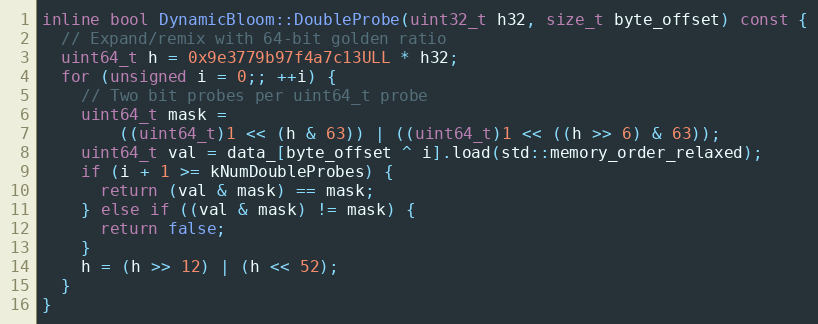
Language: C
inline bool DynamicBloom::DoubleProbe(uint32_t h32, size_t byte_offset) const {
  // Expand/remix with 64-bit golden ratio
  uint64_t h = 0x9e3779b97f4a7c13ULL * h32;
  for (unsigned i = 0;; ++i) {
    // Two bit probes per uint64_t probe
    uint64_t mask =
        ((uint64_t)1 << (h & 63)) | ((uint64_t)1 << ((h >> 6) & 63));
    uint64_t val = data_[byte_offset ^ i].load(std::memory_order_relaxed);
    if (i + 1 >= kNumDoubleProbes) {
      return (val & mask) == mask;
    } else if ((val & mask) != mask) {
      return false;
    }
    h = (h >> 12) | (h << 52);
  }
}